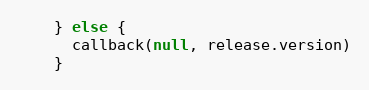
Language: JavaScript
    } else {
      callback(null, release.version)
    }